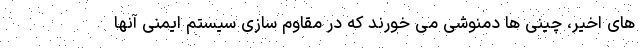
های اخیر، چینی ها دمنوشی می خورند که در مقاوم سازی سیستم ایمنی آنها